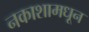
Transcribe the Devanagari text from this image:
नकाशामधून